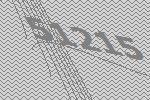
51215